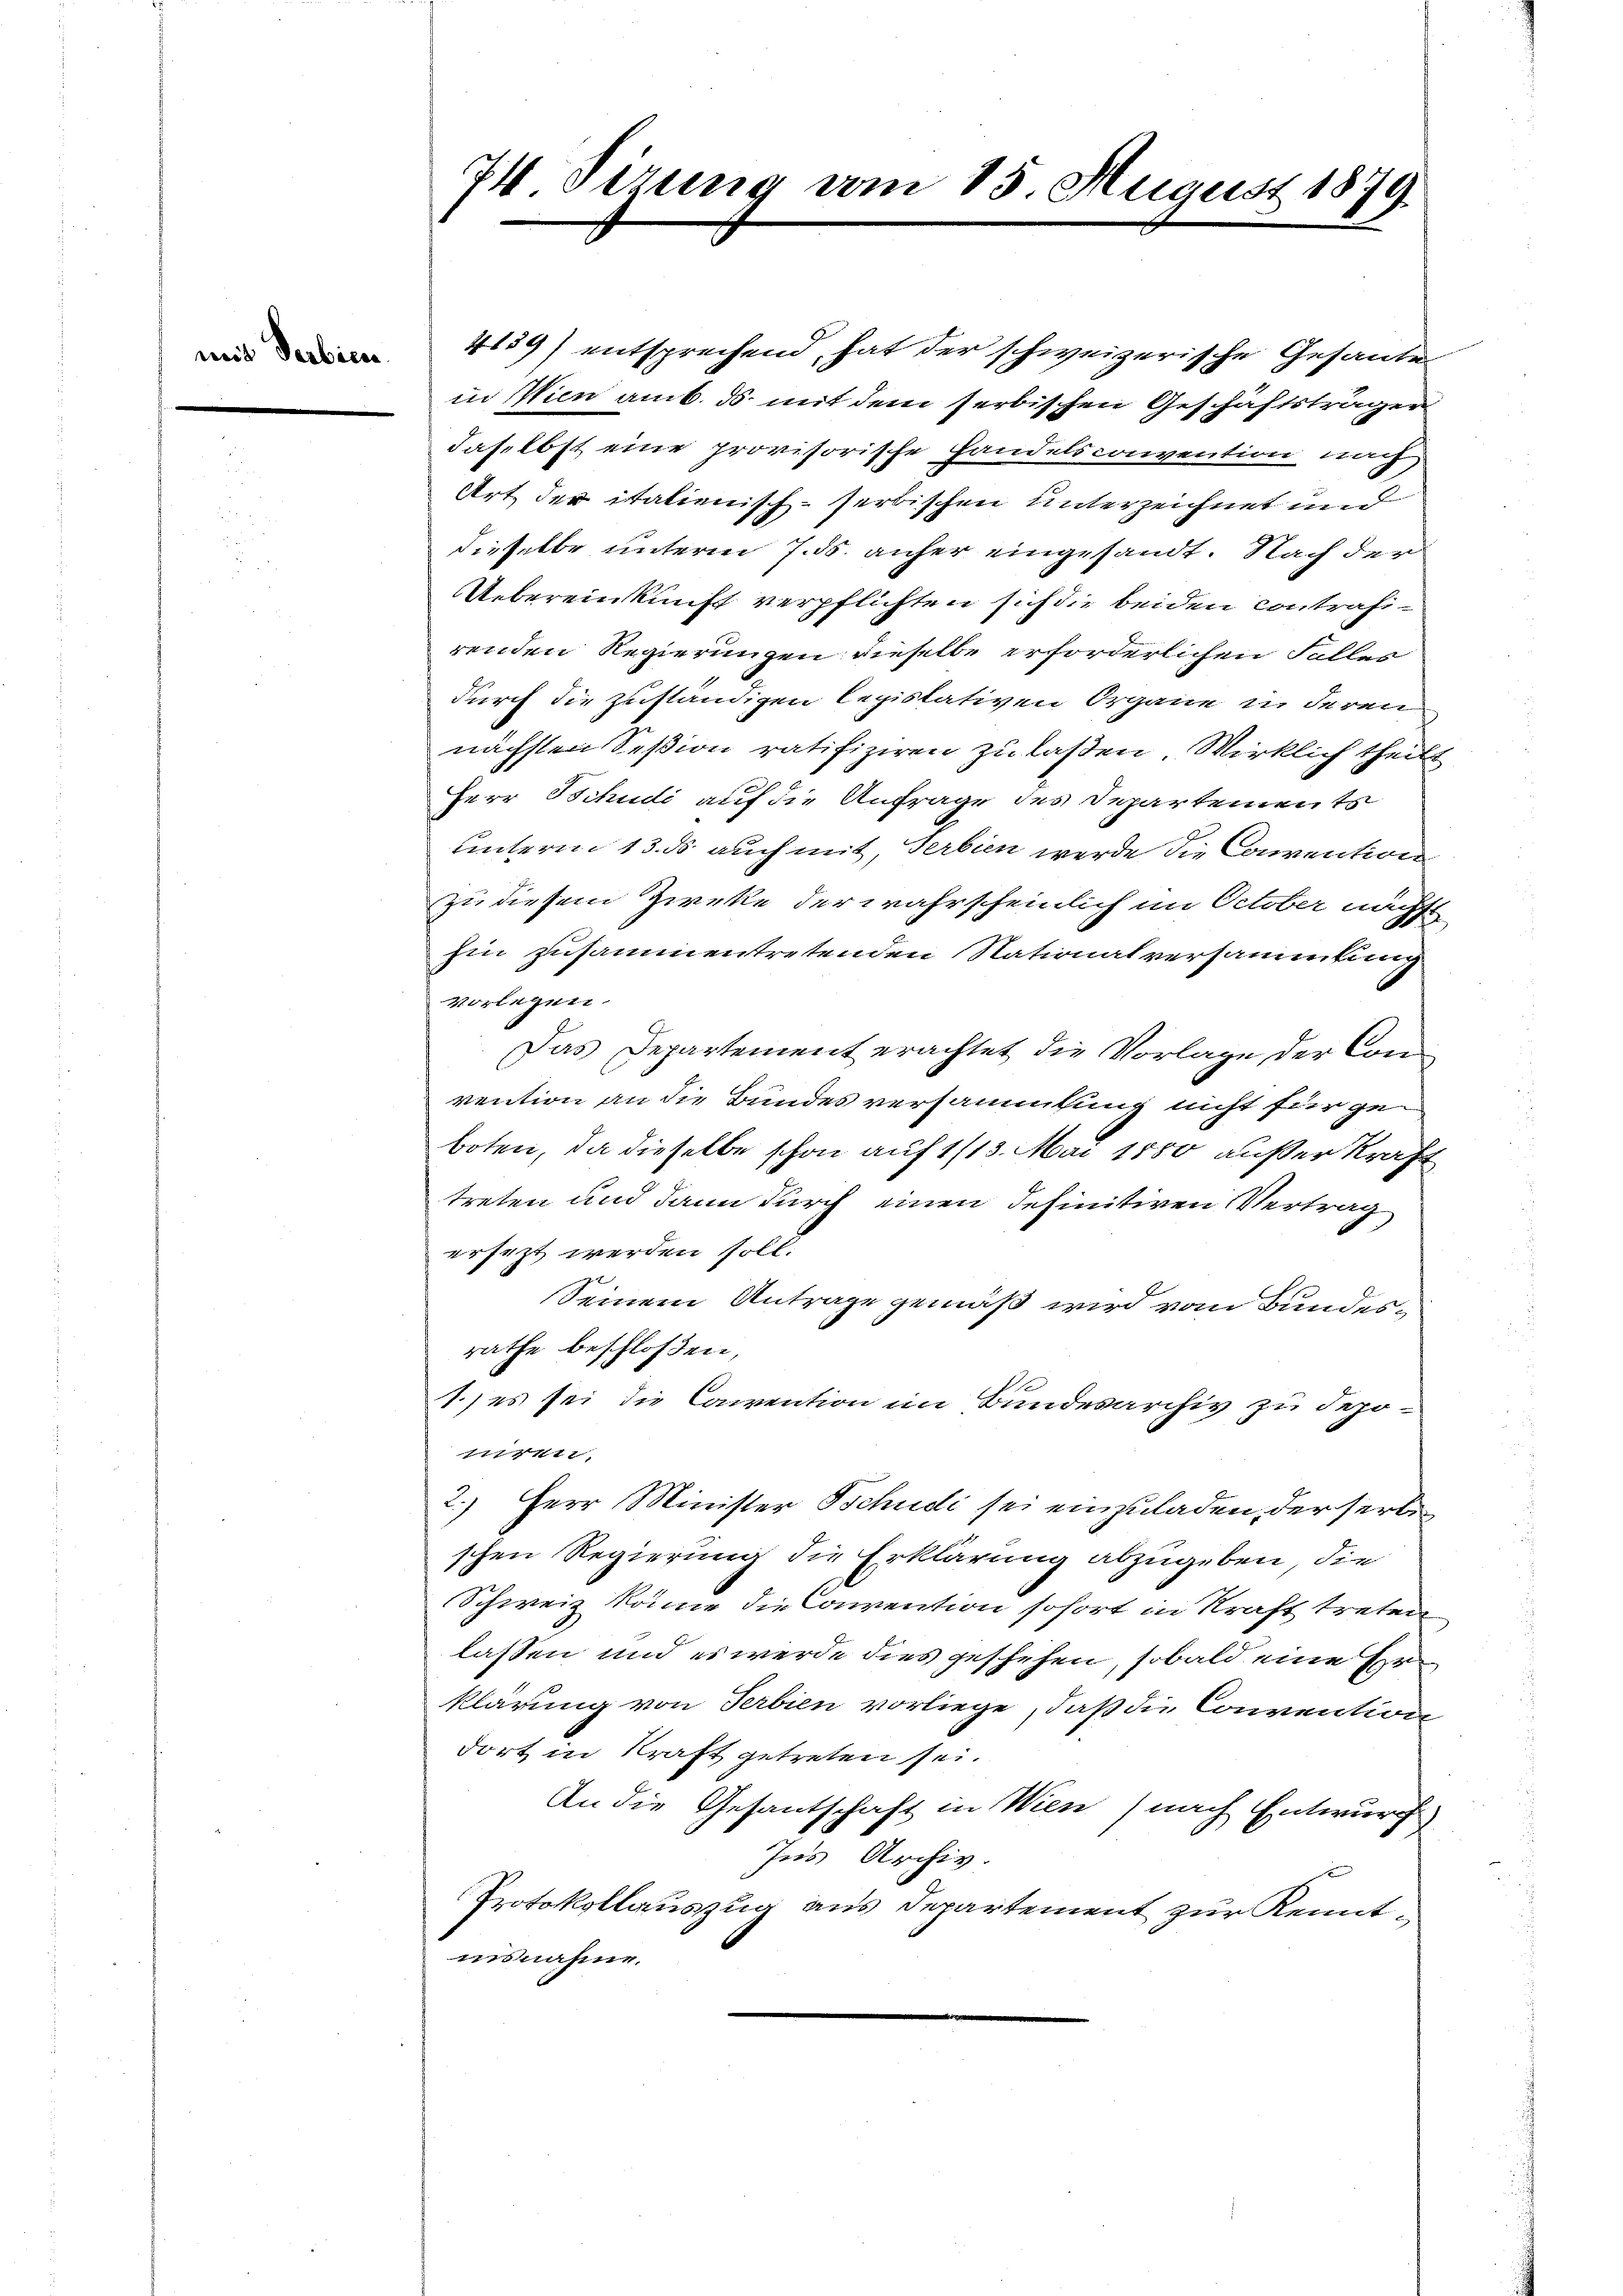
mit Verbiete.

4139) entsprechend, hat der schweizerische Gesante
in Wien amb. ds mit dem serbischen Geschäftsträgen
daselbst eine provisorische Handelsconvention nach
Art der italienisch-serbischen unterzeichnet und
dieselbe unterm 7. ds. anher eingesandt. Nach der
Uebereinkunft verpflichten sich die beiden Contrahirenden Regierungen dieselbe erforderlichen Falles
durch die zuständigen legislativen Organe in deren
nächsten Seßion ratifiziren zu laßen. Wirklich theilt
Herr Schudi auf die Anfrage des Departements
unterm 13. ds. auch mit, Serbien werde die Convention
zu diesem Zirke der wahrscheinlich im October nächst
hin zusammentretenden Nationalversammlung
vorlegen.
Das Departement erachtet die Vorlage der Convention an die Bundes versammlung nicht für geboten, da dieselbe schon auf 1/13. Mai 1880 außer Kraft
treten und dann durch einen definitiven Vertrag
ersezt werden soll.
Seinem Antrage gemäß wird vom Bundesrathe beschlossen,
1.) es sei die Convention im Bundearchiv zu deponiren.
2.) Herr Minister Tschudi sei einzuladen, der serbe
schen Regierung die Erklärung abzugeben, die
Schweiz könne die Convention sofort in Kraft treten
lassen und es werde dies geschehen, sobald eine Erklärung von Serbien vorliege, daß die Convention
dort in Kraft getreten sei.
An die Gesantschaft in Wien (nach Entwurf
Ins Archiv.
Protokollauszug aus Departement zur Kenntiisnahme.

74 Sirung vom 15. August 1879.